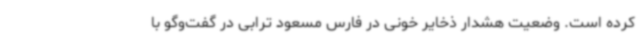
کرده است. وضعیت هشدار ذخایر خونی در فارس مسعود ترابی در گفت‌وگو با